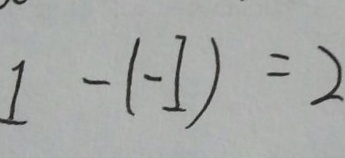
1 - ( - 1 ) = 2